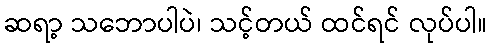
ဆရာ့ သဘောပါပဲ၊ သင့်တယ် ထင်ရင် လုပ်ပါ။